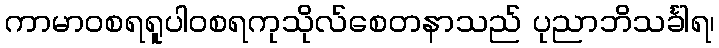
ကာမာဝစရရူပါဝစရကုသိုလ်စေတနာသည် ပုညာဘိသင်္ခါရ၊